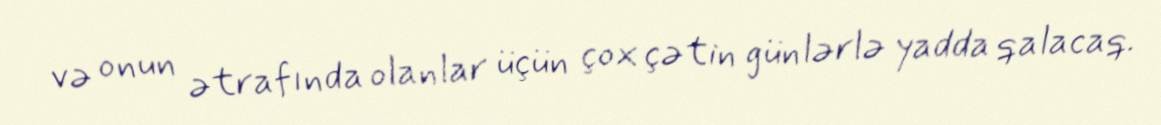
və onun ətrafında olanlar üçün çox çətin günlərlə yadda qalacaq.